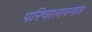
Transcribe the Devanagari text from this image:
परिचालनगत